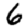
Digit: 6